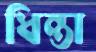
ধিন্তা